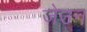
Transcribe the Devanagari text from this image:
जेउन